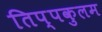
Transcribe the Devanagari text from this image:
तिप्पकुलम